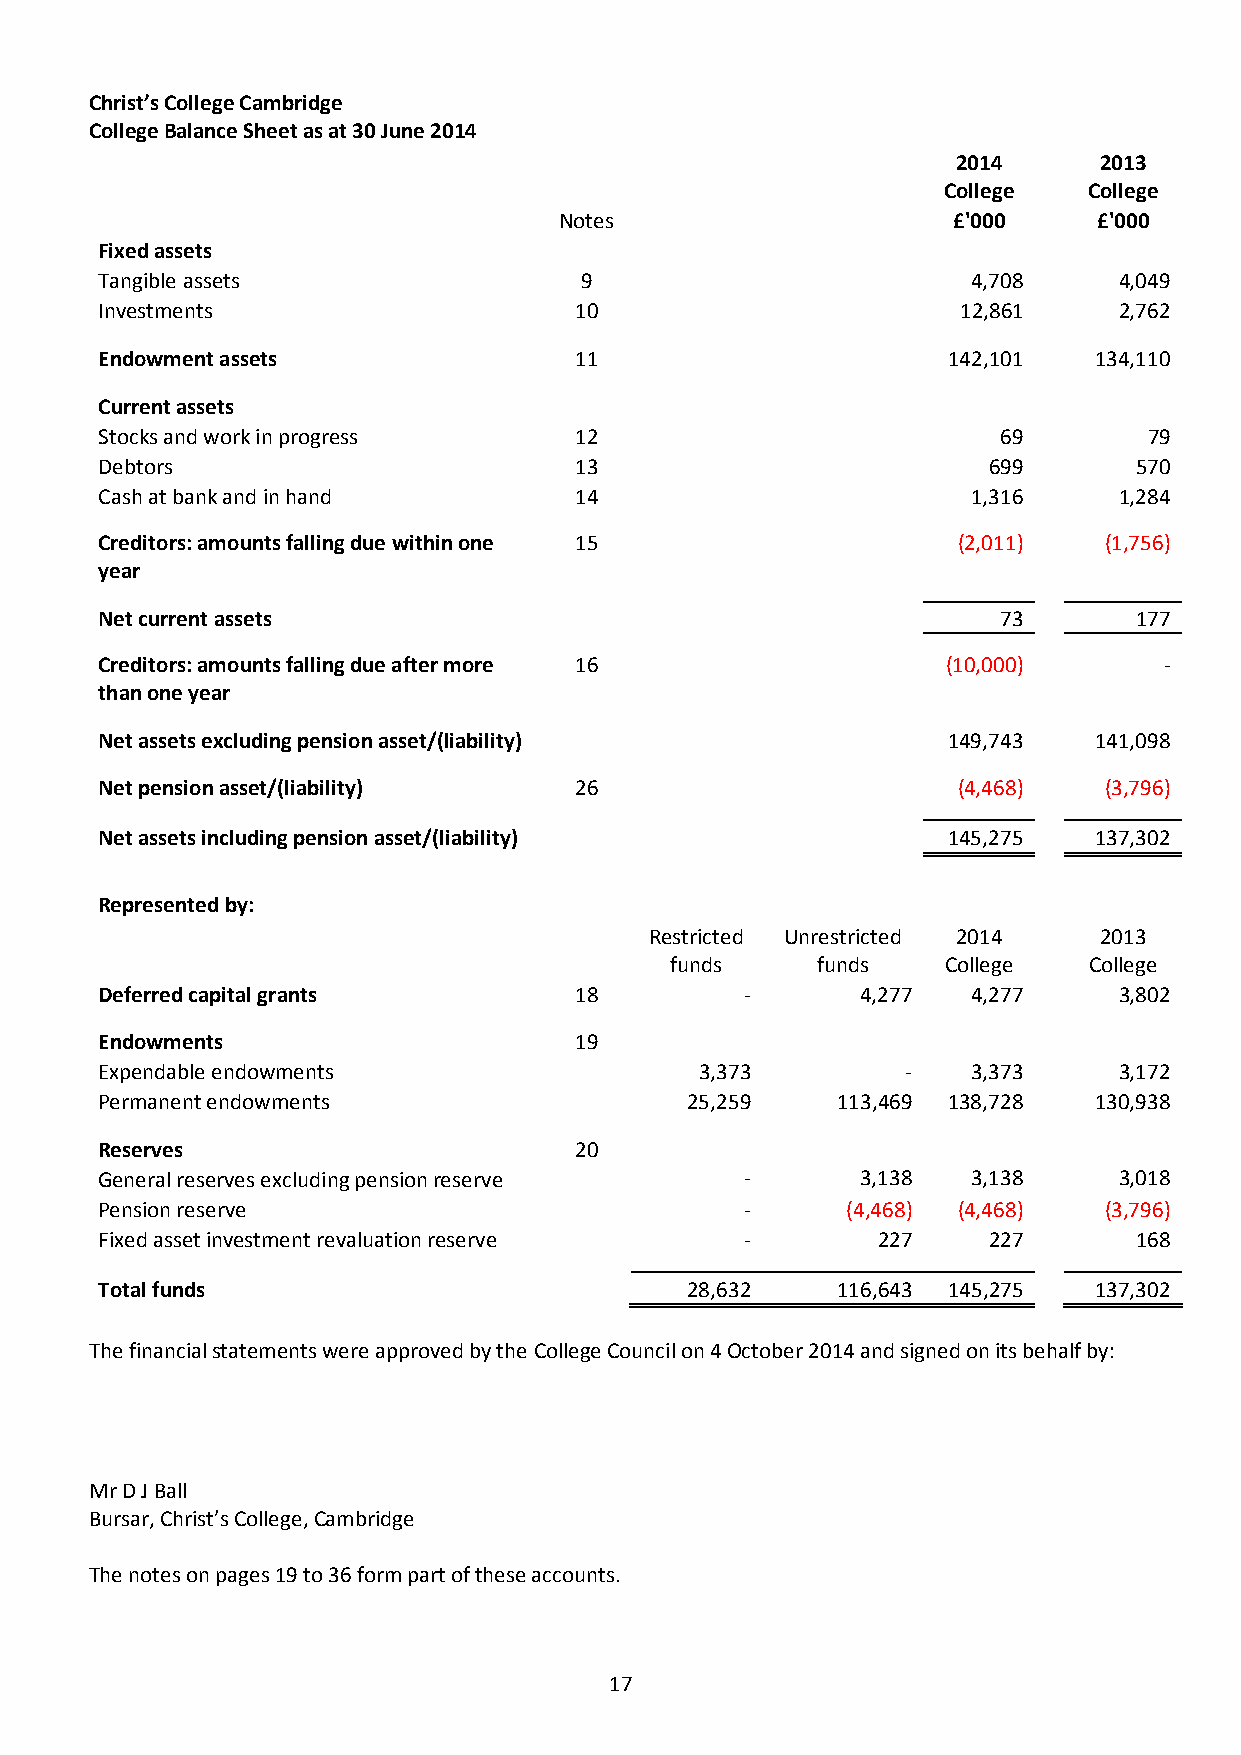
Christ’s College Cambridge
 College Balance Sheet as at 30 June 2014
 2014      2013
 College   College
 Notes                     £'000     £'000
 Fixed assets
 Tangible assets                9                         4,708     4,049
 Investments                    10                        12,861    2,762
 Endowment assets               1 1                      142,101  134,110
 Current assets
 Stocks and work in progress    1 2                         69        79
 Debtors                        13                         699       570
 Cash at bank and in hand       14                        1,316     1,284
 Creditors: amounts falling due within one 1 5           (2,011)   (1,756)
 year
 Net current assets                                         73       177
 Creditors: amounts falling due after more 1 6           (10,000)      -
 than one year
 Net assets excluding pension asset/(liability)          149,743  141,098
 Net pension asset/(liability)  2 6                      (4,468)   (3,796)
 Net assets including pension asset/(liability)          145,275  137,302
 Represented by:
 Restricted Unrestricted 2014  2013
 funds     funds    College  College
 Deferred capital grants        18         -       4,277  4,277     3,802
 Endowments                     1 9
 Expendable endowments                  3,373         -   3,373     3,172
 Permanent endowments                  25,259    113,469 138,728  130,938
 Reserves                       2 0
 General reserves excluding pension reserve -      3,138  3,138     3,018
 Pension reserve                           -      (4,468) (4,468)  (3,796)
 Fixed asset investment revaluation reserve -       227    227       168
 Total funds                           28,632    116,643 145,275  137,302
 The financial statements were approved by the College Council on 4 October 2014 and signed on its behalf by:
 Mr D J Ball
 Bursar, Christ’s College, Cambridge
 The notes on pages 19 to 36 form part of these accounts.
 17